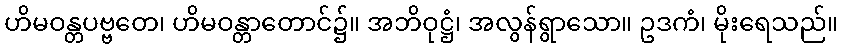
ဟိမဝန္တပဗ္ဗတေ၊ ဟိမဝန္တာတောင်၌။ အဘိဝုဋ္ဌံ၊ အလွန်ရွာသော။ ဥဒကံ၊ မိုးရေသည်။